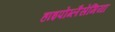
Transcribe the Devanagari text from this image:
हाइपोग्लैसेमिया